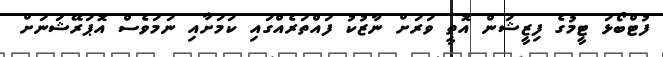
ފުޓްބޯޅަ ޓީމުގެ ފިޒީޝަން އޮތީ ވަރަށް ނާޒުކު ފައްތަރެއްގައި ކަމަށާއި ނަމަވެސް އޮޕަރޭޝަނަށް